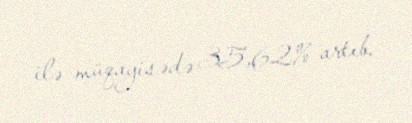
ilə müqayisədə 35,62% artıb.